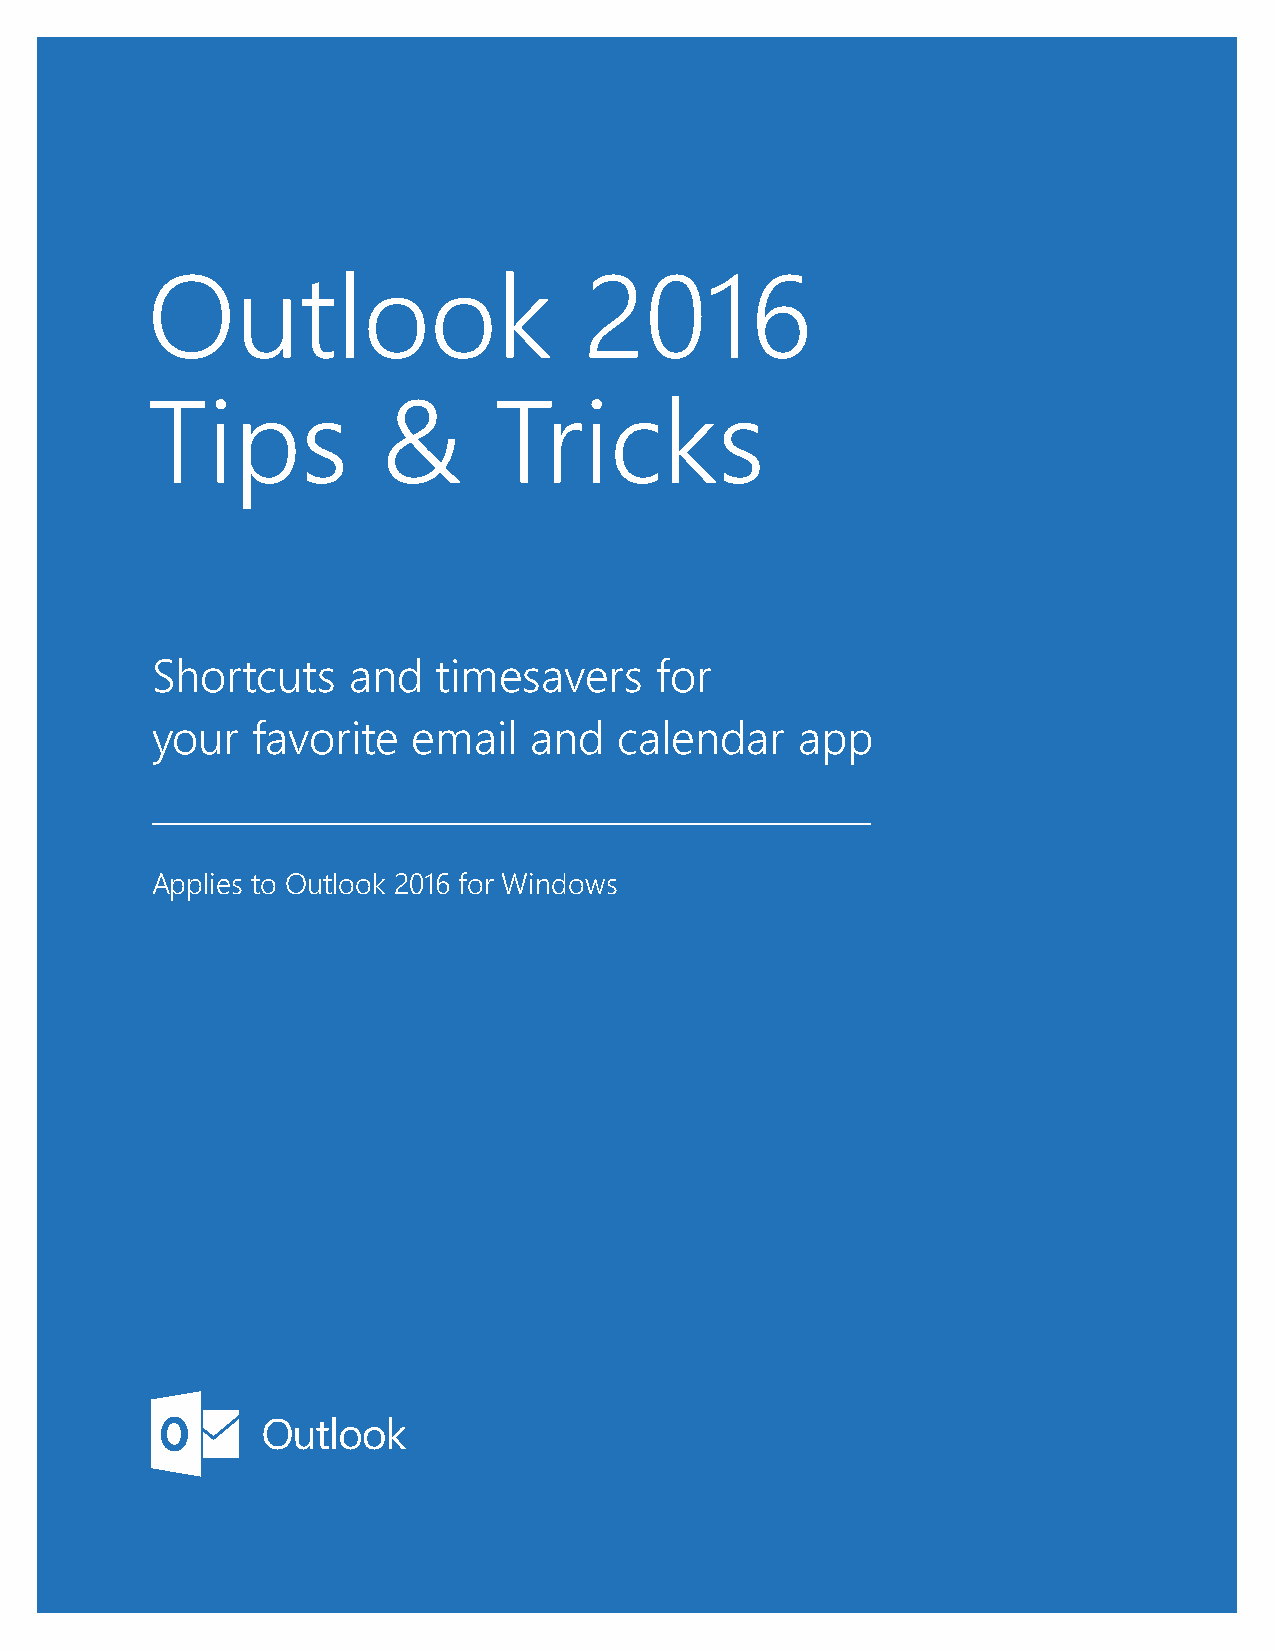
Outlook                      2016
 Tips           &       Tricks
 Shortcuts    and   timesavers    for
 your   favorite  email   and   calendar    app
 Applies to Outlook 2016 for Windows